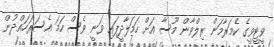
ވީޓީވީގެ ކެމަރާމަން ރިލްވާން މޫސާ އަށް ހަމަލާދީފައި ވަނީ ވެސް ހަމަ އެސަރަހައްދުން